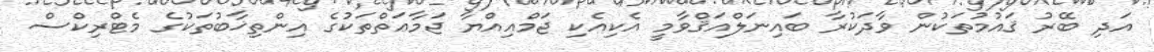
އަދި ބޭރު ޤައުމުތަކުން ވާދަކުރާ ބައިނަލްއަޤްވާމީ އެކިއެކި ޖަމްޢިއްޔާ ޖަމާޢަތްތަކުގެ އިންތިޚާބުތަކުގެ މެޓްރިކްސް